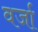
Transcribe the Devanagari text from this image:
वर्जा